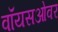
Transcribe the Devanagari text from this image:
वॉयसओवर